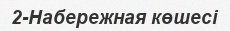
2-Набережная көшесі